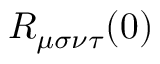
R _ { \mu \sigma \nu \tau } ( 0 )